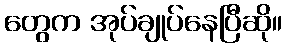
တွေက အုပ်ချုပ်နေပြီဆို။